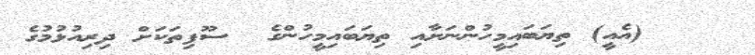
٣٢    (އެއީ) ތިޔަބައިމީހުންނަށާއި ތިޔަބައިމީހުންގެ  ސޫފިތަކަށް ދިރިއުޅުމުގެ